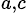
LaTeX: ^{a,c}